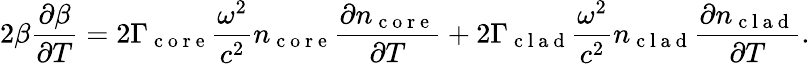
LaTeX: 2\beta\frac{\partial\beta}{\partial T}=2\Gamma_{\mathrm{~c~o~r~e~}}\frac{\omega^{2}}{c^{2}}n_{\mathrm{~c~o~r~e~}}\frac{\partial n_{\mathrm{~c~o~r~e~}}}{\partial T}+2\Gamma_{\mathrm{~c~l~a~d~}}\frac{\omega^{2}}{c^{2}}n_{\mathrm{~c~l~a~d~}}\frac{\partial n_{\mathrm{~c~l~a~d~}}}{\partial T}.